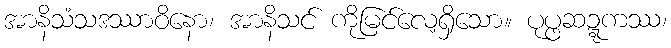
အာနိသံသဒဿာဝိနော၊ အာနိသင် ကိုမြင်လေ့ရှိသော။ ပုပ္ဖဆဍ္ဍကဿ၊